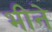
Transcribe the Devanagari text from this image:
भीने